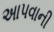
અાપવાની